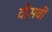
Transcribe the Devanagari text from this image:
वीसवीं